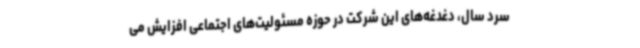
سرد سال، دغدغه‌های این شرکت در حوزه مسئولیت‌های اجتماعی افزایش می